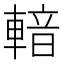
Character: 𨍑